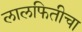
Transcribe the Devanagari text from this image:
लालफितीचा